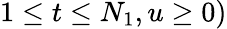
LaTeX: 1\leq t\leq N_{1},u\geq 0)